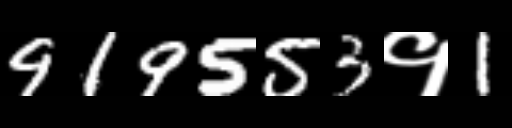
Text: 919553१1